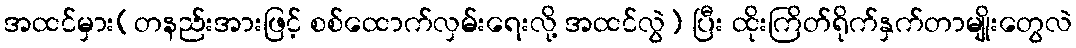
အထင်မှား(တနည်းအားဖြင့် စစ်ထောက်လှမ်းရေးလို့ အထင်လွဲ) ပြီး ထိုးကြိတ်ရိုက်နှက်တာမျိုးတွေလဲ